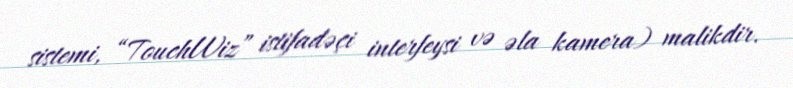
sistemi, “TouchWiz” istifadəçi interfeysi və əla kamera) malikdir.